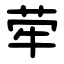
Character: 荦